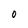
Character: 0